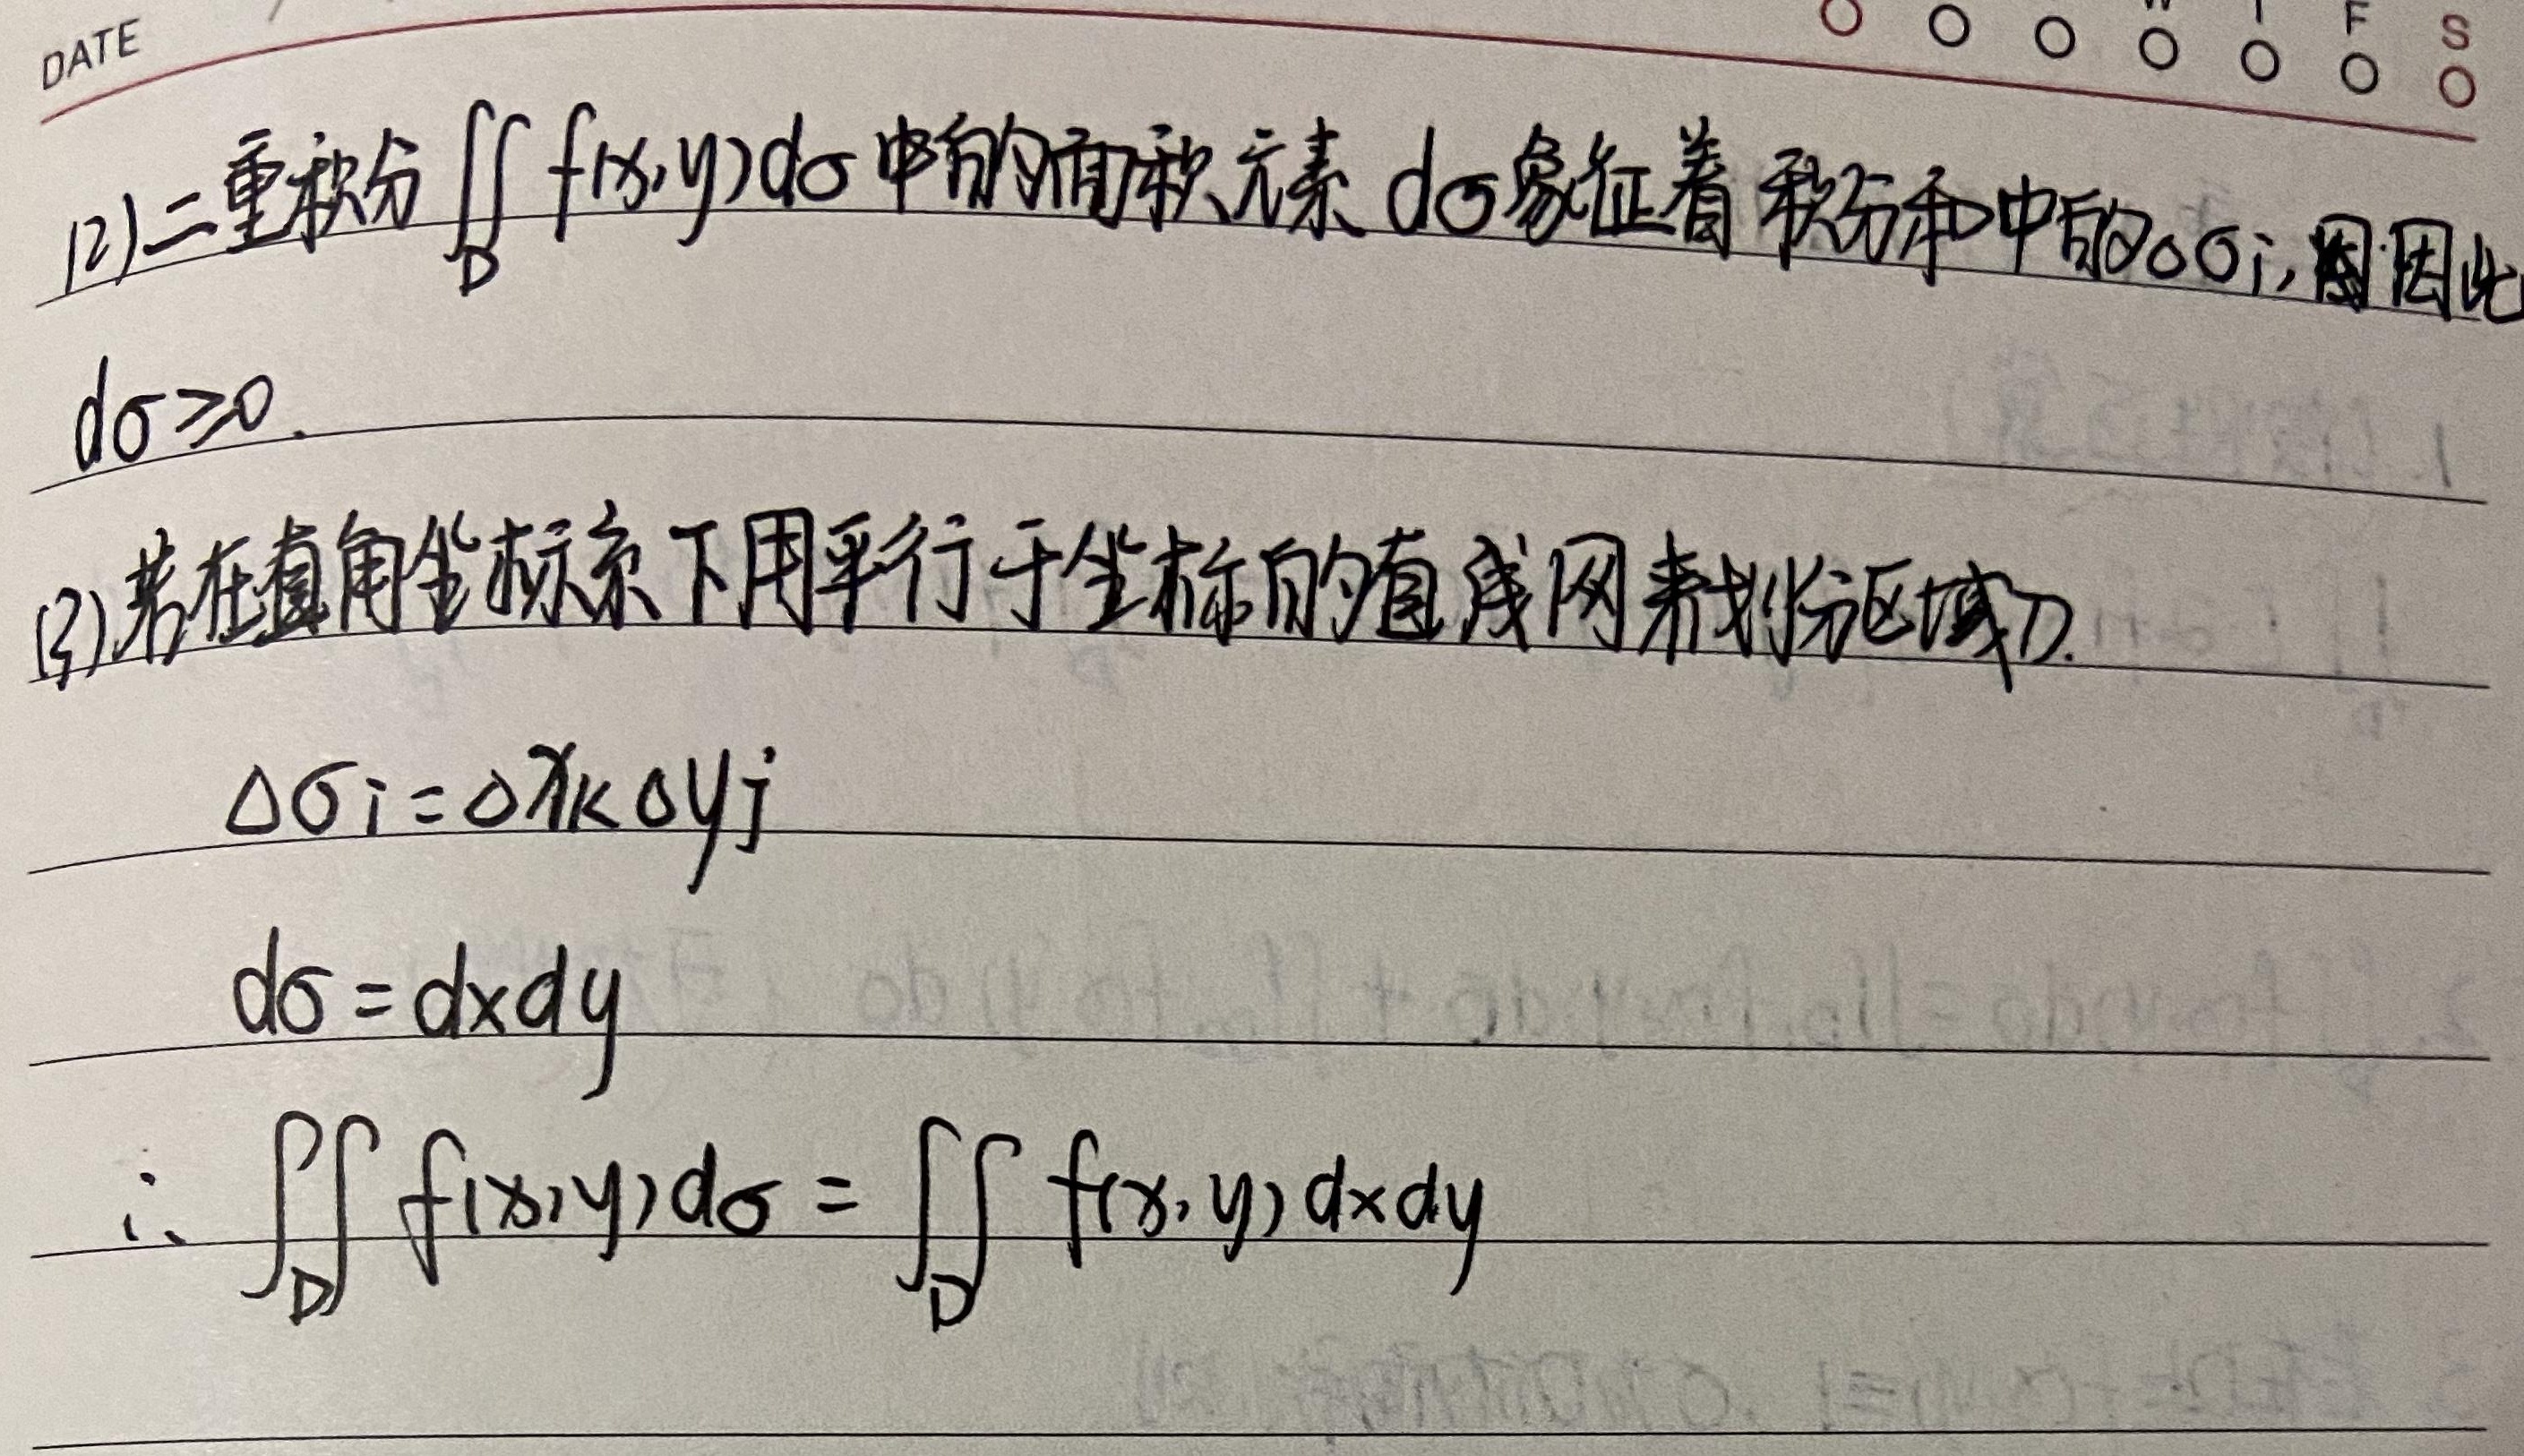
(2)二重积分\(\iint\limits_{D} f(x,y){\rm d}\sigma\)中的面积元素\({\rm d}\sigma\)象征着积分和中的\(\Delta \sigma_{i}\)，因此
\({\rm d}\sigma\geq0\).
(3)若在直角坐标系下用平行于坐标的直线网来划分区域\(D\).
\(\Delta \sigma_{i}=\Delta x_{k}\Delta y_{j}\)
\({\rm d}\sigma = {\rm d}x{\rm d}y\)
\(\therefore \iint\limits_{D} f(x,y){\rm d}\sigma=\iint\limits_{D} f(x,y){\rm d}x{\rm d}y\)